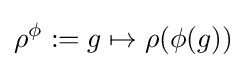
\rho ^{\phi }:=g\mapsto \rho (\phi (g))